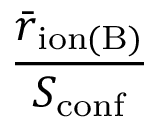
\frac { \bar { r } _ { \mathrm { i o n ( B ) } } } { S _ { \mathrm { c o n f } } }